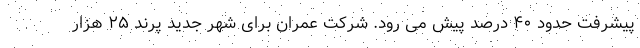
پیشرفت حدود ۴۰ درصد پیش می رود. شرکت عمران برای شهر جدید پرند ۲۵ هزار